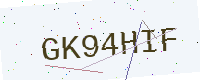
Text: GK94HIF